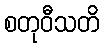
စတုဝီသတိ